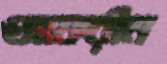
আফরীন